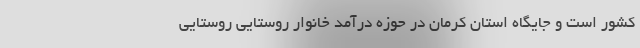
کشور است و جایگاه استان کرمان در حوزه درآمد خانوار روستایی روستایی